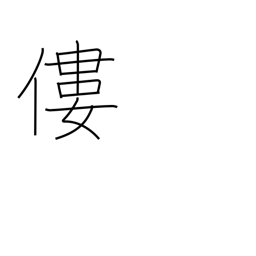
Meaning: bend over